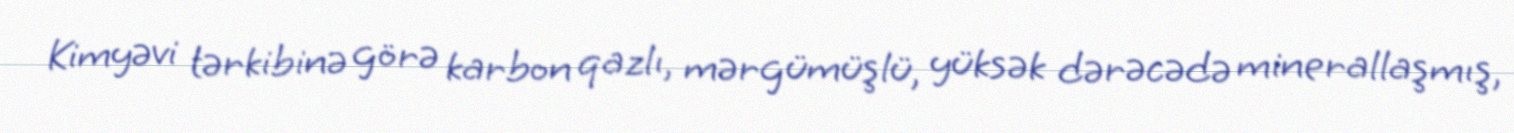
Kimyəvi tərkibinə görə karbon qazlı, mərgümüşlü, yüksək dərəcədə minerallaşmış,